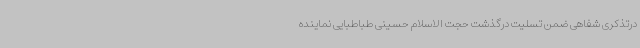
درتذکری شفاهی ضمن تسلیت درگذشت حجت الاسلام حسینی طباطبایی نماینده